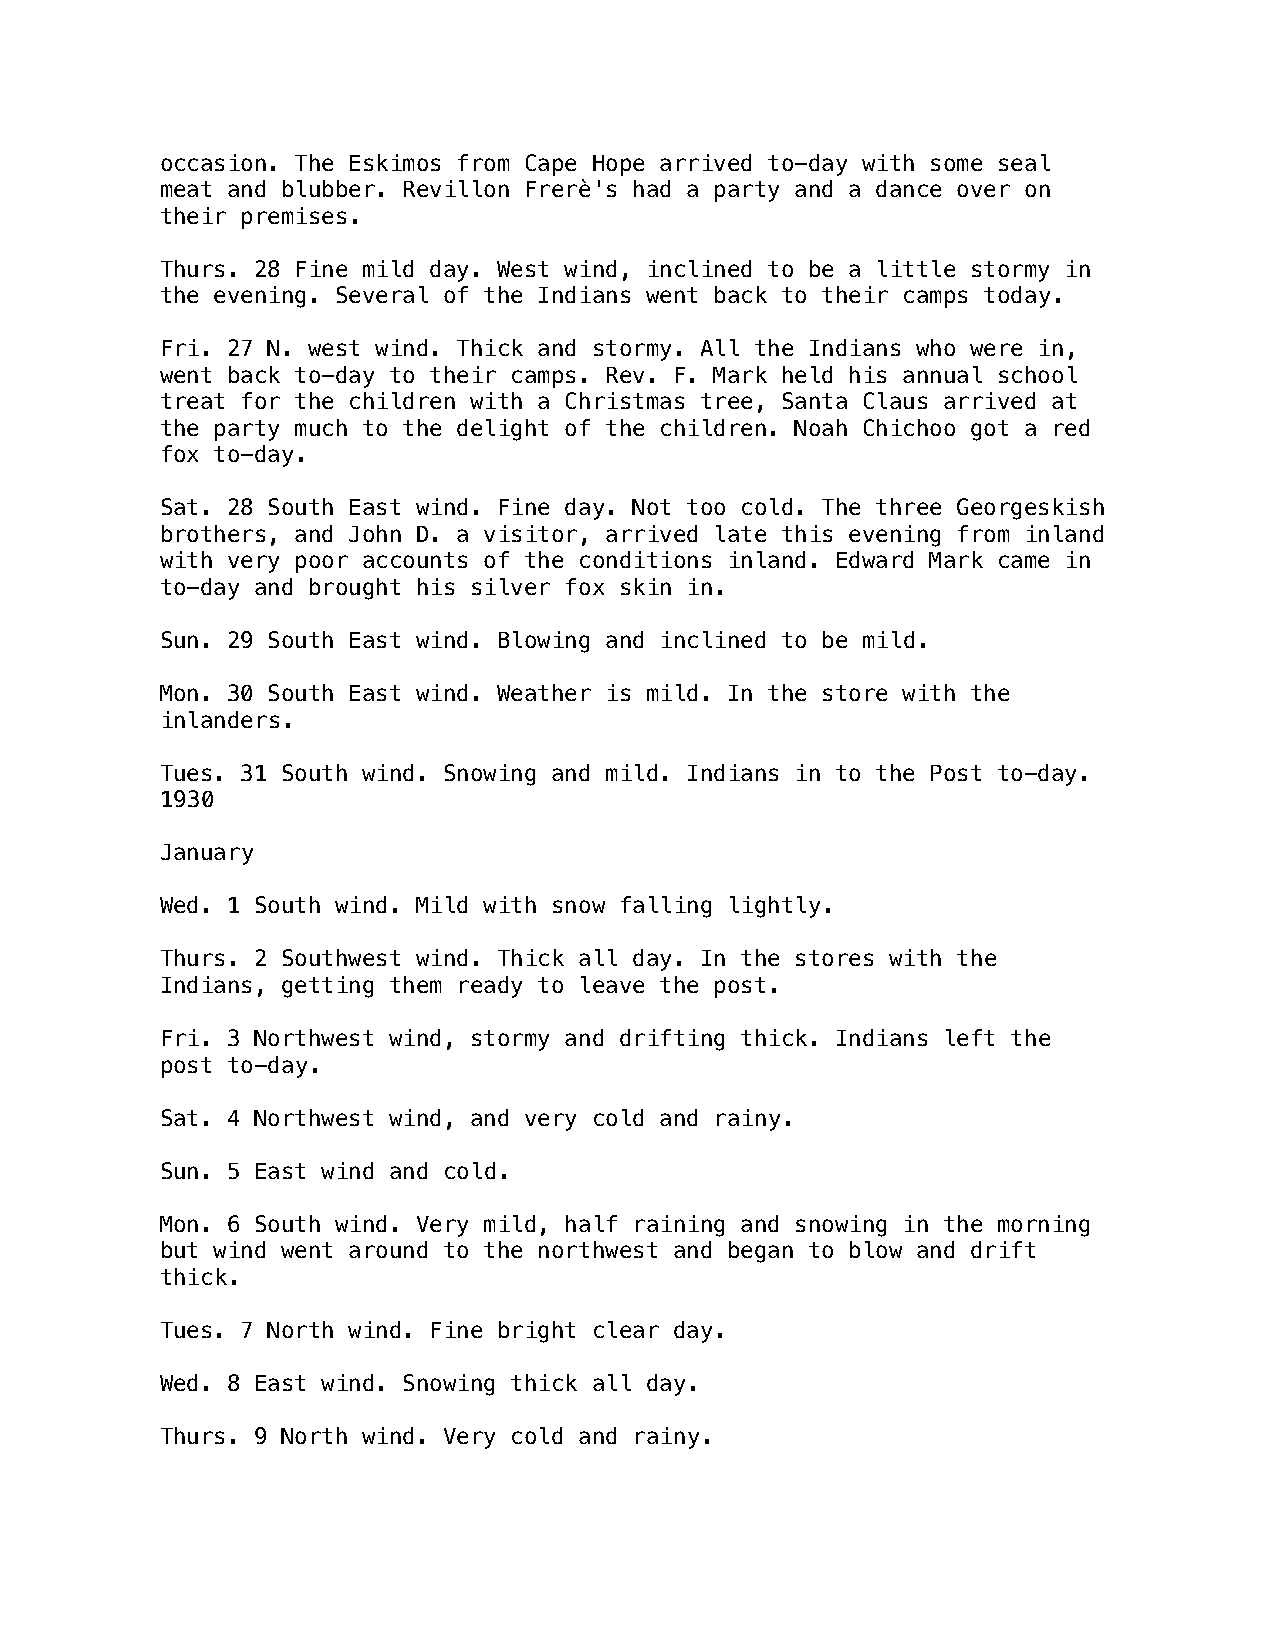
occasion. The Eskimos from Cape Hope arrived to-day with some seal
 meat and blubber. Revillon Frerè's had a party and a dance over on
 their premises.
 Thurs. 28 Fine mild day. West wind, inclined to be a little stormy in
 the evening. Several of the Indians went back to their camps today.
 Fri. 27 N. west wind. Thick and stormy. All the Indians who were in,
 went back to-day to their camps. Rev. F. Mark held his annual school
 treat for the children with a Christmas tree, Santa Claus arrived at
 the party much to the delight of the children. Noah Chichoo got a red
 fox to-day.
 Sat. 28 South East wind. Fine day. Not too cold. The three Georgeskish
 brothers, and John D. a visitor, arrived late this evening from inland
 with very poor accounts of the conditions inland. Edward Mark came in
 to-day and brought his silver fox skin in.
 Sun. 29 South East wind. Blowing and inclined to be mild.
 Mon. 30 South East wind. Weather is mild. In the store with the
 inlanders.
 Tues. 31 South wind. Snowing and mild. Indians in to the Post to-day.
 1930
 January
 Wed. 1 South wind. Mild with snow falling lightly.
 Thurs. 2 Southwest wind. Thick all day. In the stores with the
 Indians, getting them ready to leave the post.
 Fri. 3 Northwest wind, stormy and drifting thick. Indians left the
 post to-day.
 Sat. 4 Northwest wind, and very cold and rainy.
 Sun. 5 East wind and cold.
 Mon. 6 South wind. Very mild, half raining and snowing in the morning
 but wind went around to the northwest and began to blow and drift
 thick.
 Tues. 7 North wind. Fine bright clear day.
 Wed. 8 East wind. Snowing thick all day.
 Thurs. 9 North wind. Very cold and rainy.